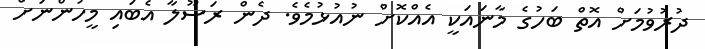
ދުރުވުމަށް އޮތް ބަހުގެ މާނައަކީ އެއްކޮށް ނުއުޅުމެވެ. ދެން ރަސޫލާ އެބައި މީހުންނަށް